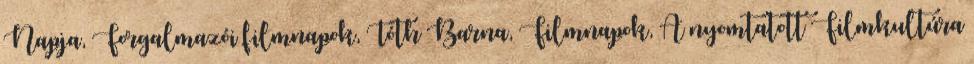
Napja, Forgalmazói filmnapok, Tóth Barna, Filmnapok, A nyomtatott Filmkultúra